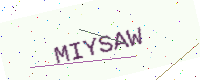
Text: MIYSAW